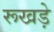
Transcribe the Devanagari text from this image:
रूखड़े